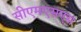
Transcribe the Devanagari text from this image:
सीएमएसएस